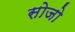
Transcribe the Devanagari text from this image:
सोजो